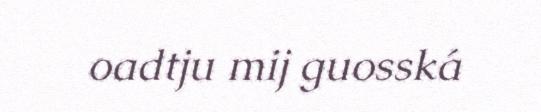
oadtju mij guosská